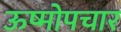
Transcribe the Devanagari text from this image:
ऊष्मोपचार